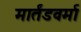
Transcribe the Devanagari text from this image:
मार्तंडवर्मा